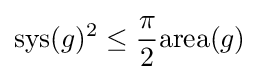
\mathrm {sys} (g)^{2}\leq {\frac {\pi }{2}}\mathrm {area} (g)